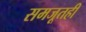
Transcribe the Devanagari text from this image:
समजूतही